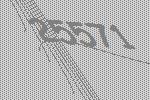
25571